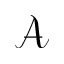
\mathcal { A }